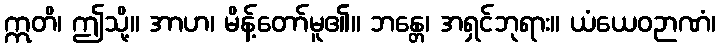
ဣတိ၊ ဤသို့။ အာဟ၊ မိန့်တော်မူ၏။ ဘန္တေ၊ အရှင်ဘုရား။ ယံယေဝဉာဏံ၊